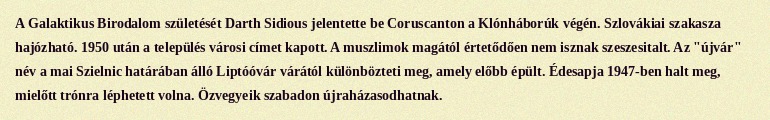
A Galaktikus Birodalom születését Darth Sidious jelentette be Coruscanton a Klónháborúk végén. Szlovákiai szakasza hajózható. 1950 után a település városi címet kapott. A muszlimok magától értetődően nem isznak szeszesitalt. Az "újvár" név a mai Szielnic határában álló Liptóóvár várától különbözteti meg, amely előbb épült. Édesapja 1947-ben halt meg, mielőtt trónra léphetett volna. Özvegyeik szabadon újraházasodhatnak.